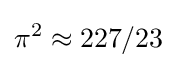
\pi ^{2}\approx 227/23